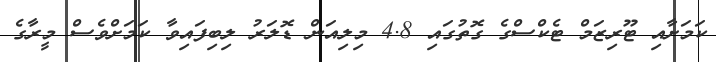
ކަމަށާއި ޓޫރިޒަމް ޓެކްސްގެ ގޮތުގައި 4.8 މިލިއަން ޑޮލަރު ލިބިފައިވާ ކަމަށްވެސް މީރާގެ